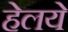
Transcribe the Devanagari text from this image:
हेलये